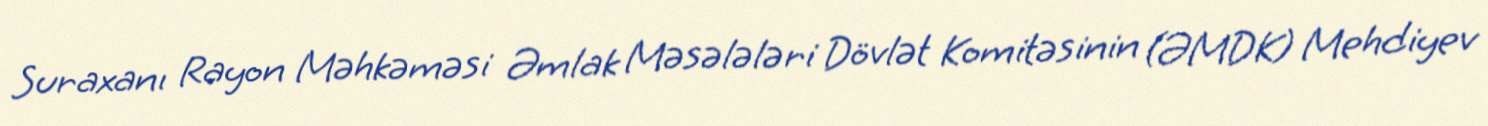
Suraxanı Rayon Məhkəməsi Əmlak Məsələləri Dövlət Komitəsinin (ƏMDK) Mehdiyev